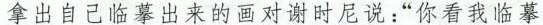
拿出自已临摹出来的画对谢时尼说:“你看我临摹